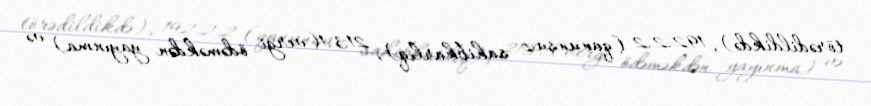
törədildikdə), 192.2.2 (qanunsuz sahibkarlıq), 213.1(vergi ödəməkdən yayınma) və